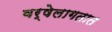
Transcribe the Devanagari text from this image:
वर्षेलागतात